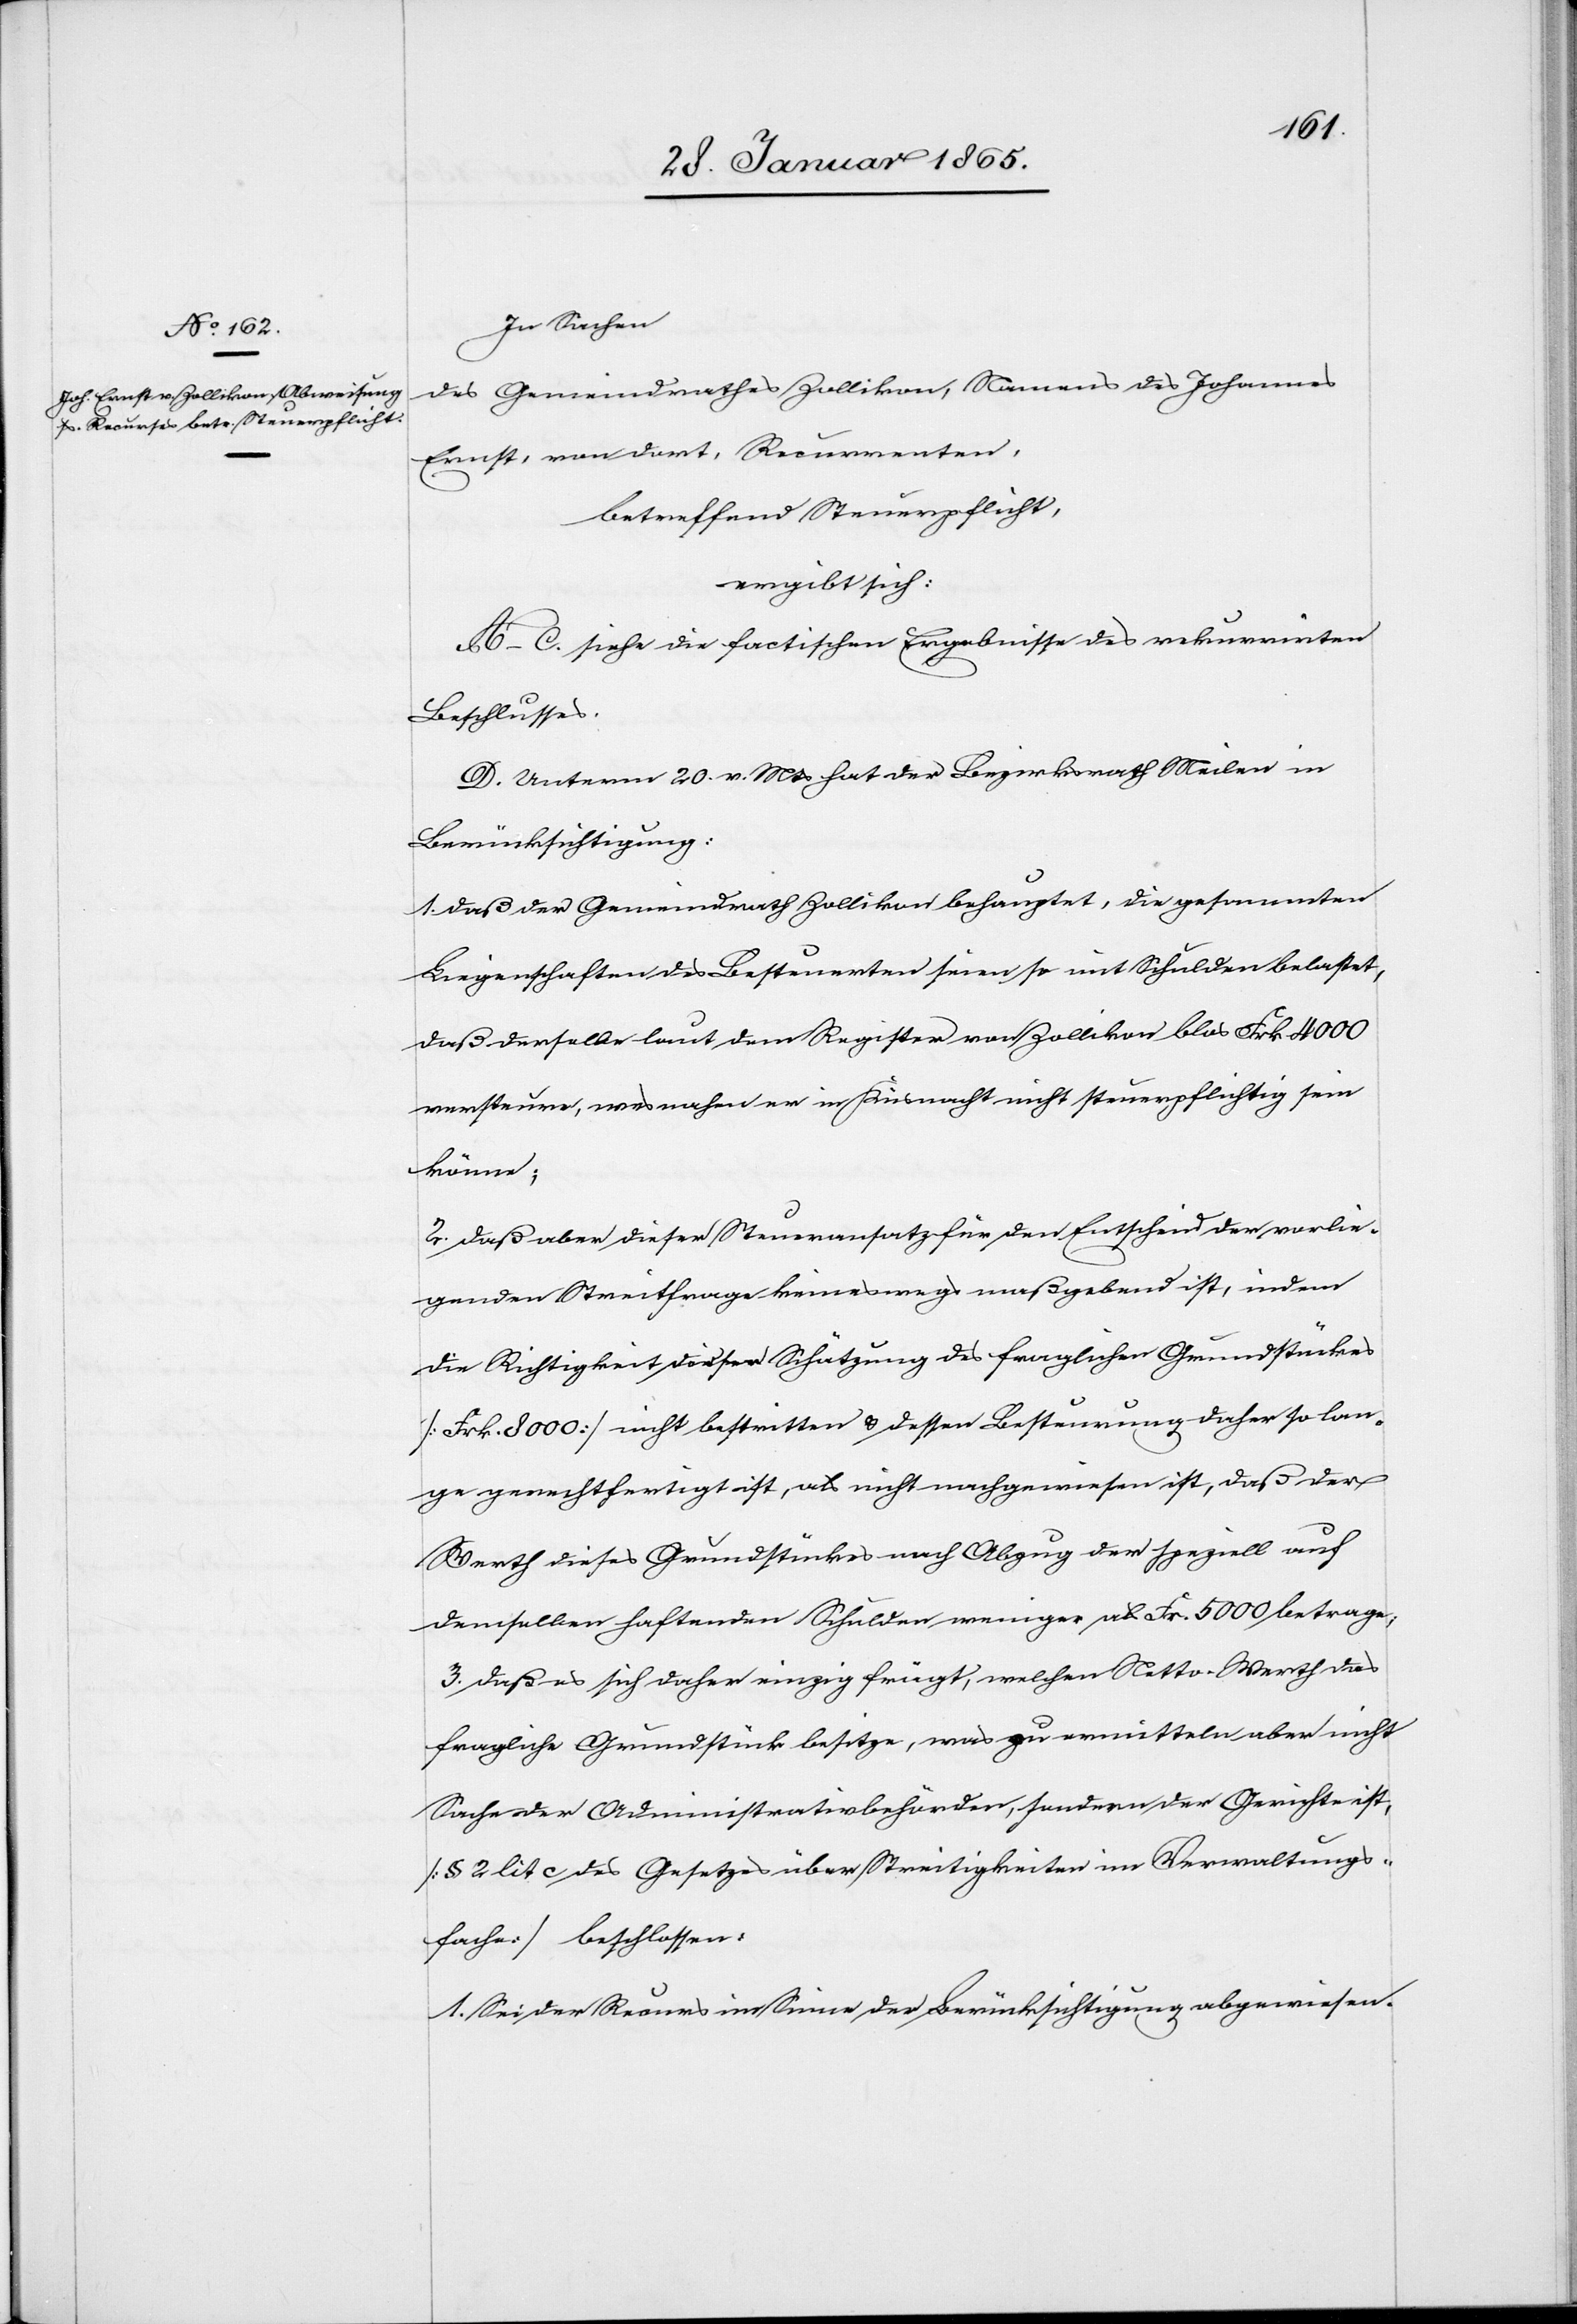
In Sachen
des Gemeindrathes Zollikon, Namens des Johannes
Ernst, von dort, Recurrenten,
betreffend Steuerpflicht,
ergibt sich:
A–C. siehe die factischen Ergebnisse des rekurrirten
Beschlusses.
D. Unterm 20. v. Mts hat der Bezirksrath Meilen in
Berücksichtigung:
1. daß der Gemeindrath Zollikon behauptet, die gesammten
Liegenschaften des Besteuerten seien so mit Schulden belastet,
daß derselbe laut dem Register von Zollikon blos Frk. 4000
versteuere, wesnahen er in Küsnacht nicht steuerpflichtig sein
könne;
2. daß aber dieser Steueransatz für den Entscheid der vorlie¬
genden Streitfrage keineswegs maßgebend ist, indem
die Richtigkeit dieser Schätzung des fraglichen Grundstückes
[Frk. 8000] nicht bestritten u. dessen Besteurung daher so lan¬
ge gerechtfertigt ist, als nicht nachgewiesen ist, daß der
Werth dieses Grundstückes nach Abzug der speziell auf
demselben haftenden Schulden weniger als Fr. 5000 betrage;
3. daß es sich daher einzig frägt, welchen Netto-Werth das
fragliche Grundstück besitze, was zu ermitteln aber nicht
Sache der Administrativbehörden, sondern der Gerichte ist,
[§ 2 lit c des Gesetzes über Streitigkeiten im Verwaltungs¬
fache] beschlossen:
1. Sei der Recurs im Sinne der Berücksichtigung abgewiesen.